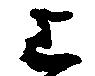
上